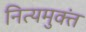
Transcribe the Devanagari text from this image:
नित्यमुक्तं